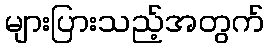
များပြားသည့်အတွက်